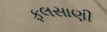
ફલસાણી